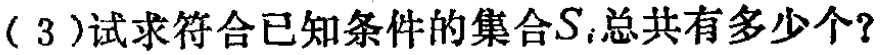
( 3 )试求符合已知条件的集合\(S\)，总共有多少个？